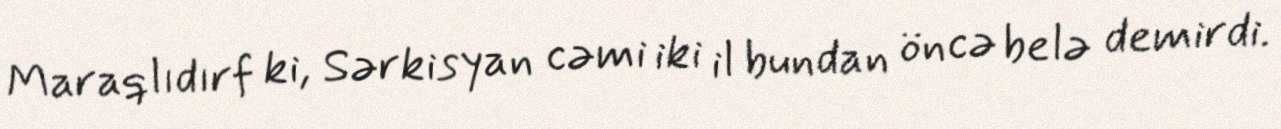
Maraqlıdırf ki, Sərkisyan cəmi iki il bundan öncə belə demirdi.